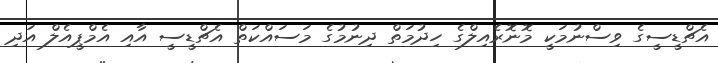
އެޗްޑީސީގެ ވިސްނުމަކީ މޮނޮރެއިލްގެ ހިދުމަތް ދިނުމުގެ މަސައްކަތް އެޗްޑީސީ އާއި އެމްޕީއެލް އަދި